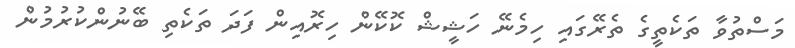
މަސްތުވާ ތަކެތީގެ ތެރޭގައި ހިމެނޭ ހަޝީޝް ކޮކޭން ހިރޮއިން ފަދަ ތަކެތި ބޭނުންކުރުމުން